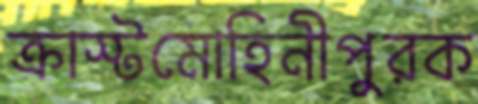
ক্রাস্টমোহিনীপুরক